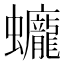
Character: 𧕻